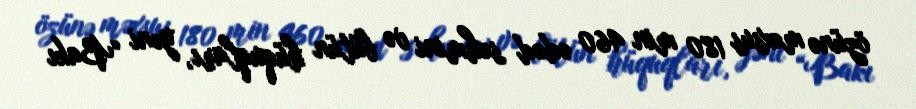
özünə məxsus 180 min 460 ədəd səhmini və bütün hüquqları, yəni “Bakı